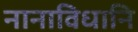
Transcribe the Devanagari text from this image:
नानाविधानि